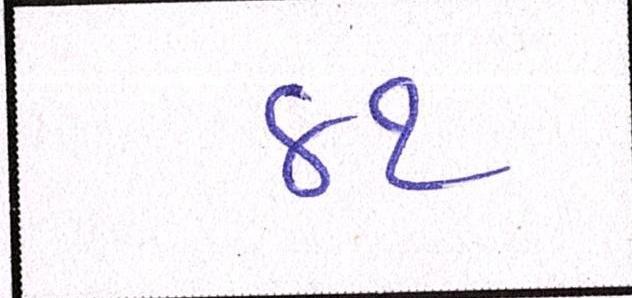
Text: ૪૧